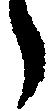
々